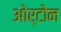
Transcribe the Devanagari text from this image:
ओर्टोन